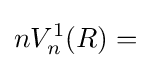
nV_{n}^{1}(R)=